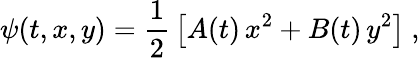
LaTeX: \psi(t,x,y)=\frac 12\, \big[A(t)\, x^{2}+B(t)\, y^{2}\big]\ ,